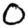
Digit: 0